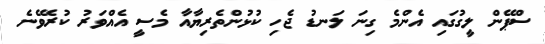
ސްޕޭން ލީގުގައި އެންމެ ގިނަ ލަނޑު ޖެހި ކުޅުންތެރިޔާއާ މެސީ އެއްވަރު ކުރެވޭނެ